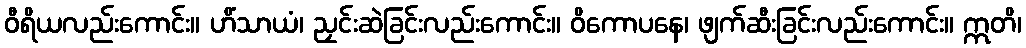
ဝီရိယလည်းကောင်း။ ဟိံသာယံ၊ ညှင်းဆဲခြင်းလည်းကောင်း။ ဝိကောပနေ၊ ဖျက်ဆီးခြင်းလည်းကောင်း။ ဣတိ၊